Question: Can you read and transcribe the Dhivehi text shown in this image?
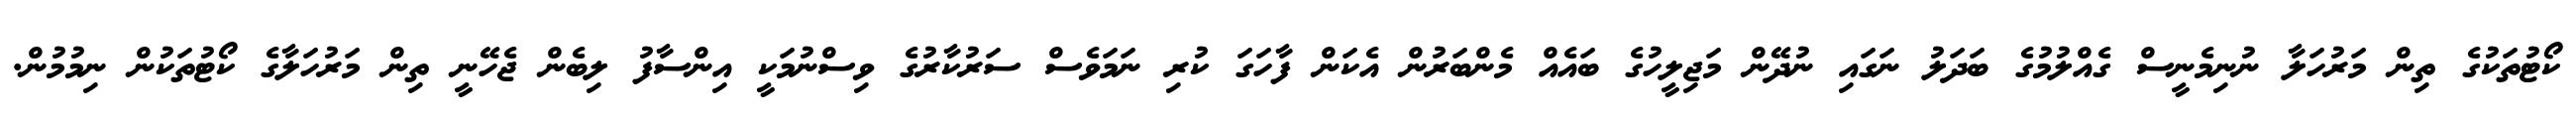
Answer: ކޯޓުތަކުގެ ތިން މަރުހަލާ ނުނިމެނީސް ގެއްލުމުގެ ބަދަލު ނަގައި ނުދޭން މަޖިލީހުގެ ބައެއް މެންބަރުން އެކަން ފާހަގަ ކުރި ނަމަވެސް ސަރުކާރުގެ ވިސްނުމަކީ އިންސާފު ލިބެން ޖެހޭނީ ތިން މަރުހަލާގެ ކޯޓުތަކުން ނިމުމުން.